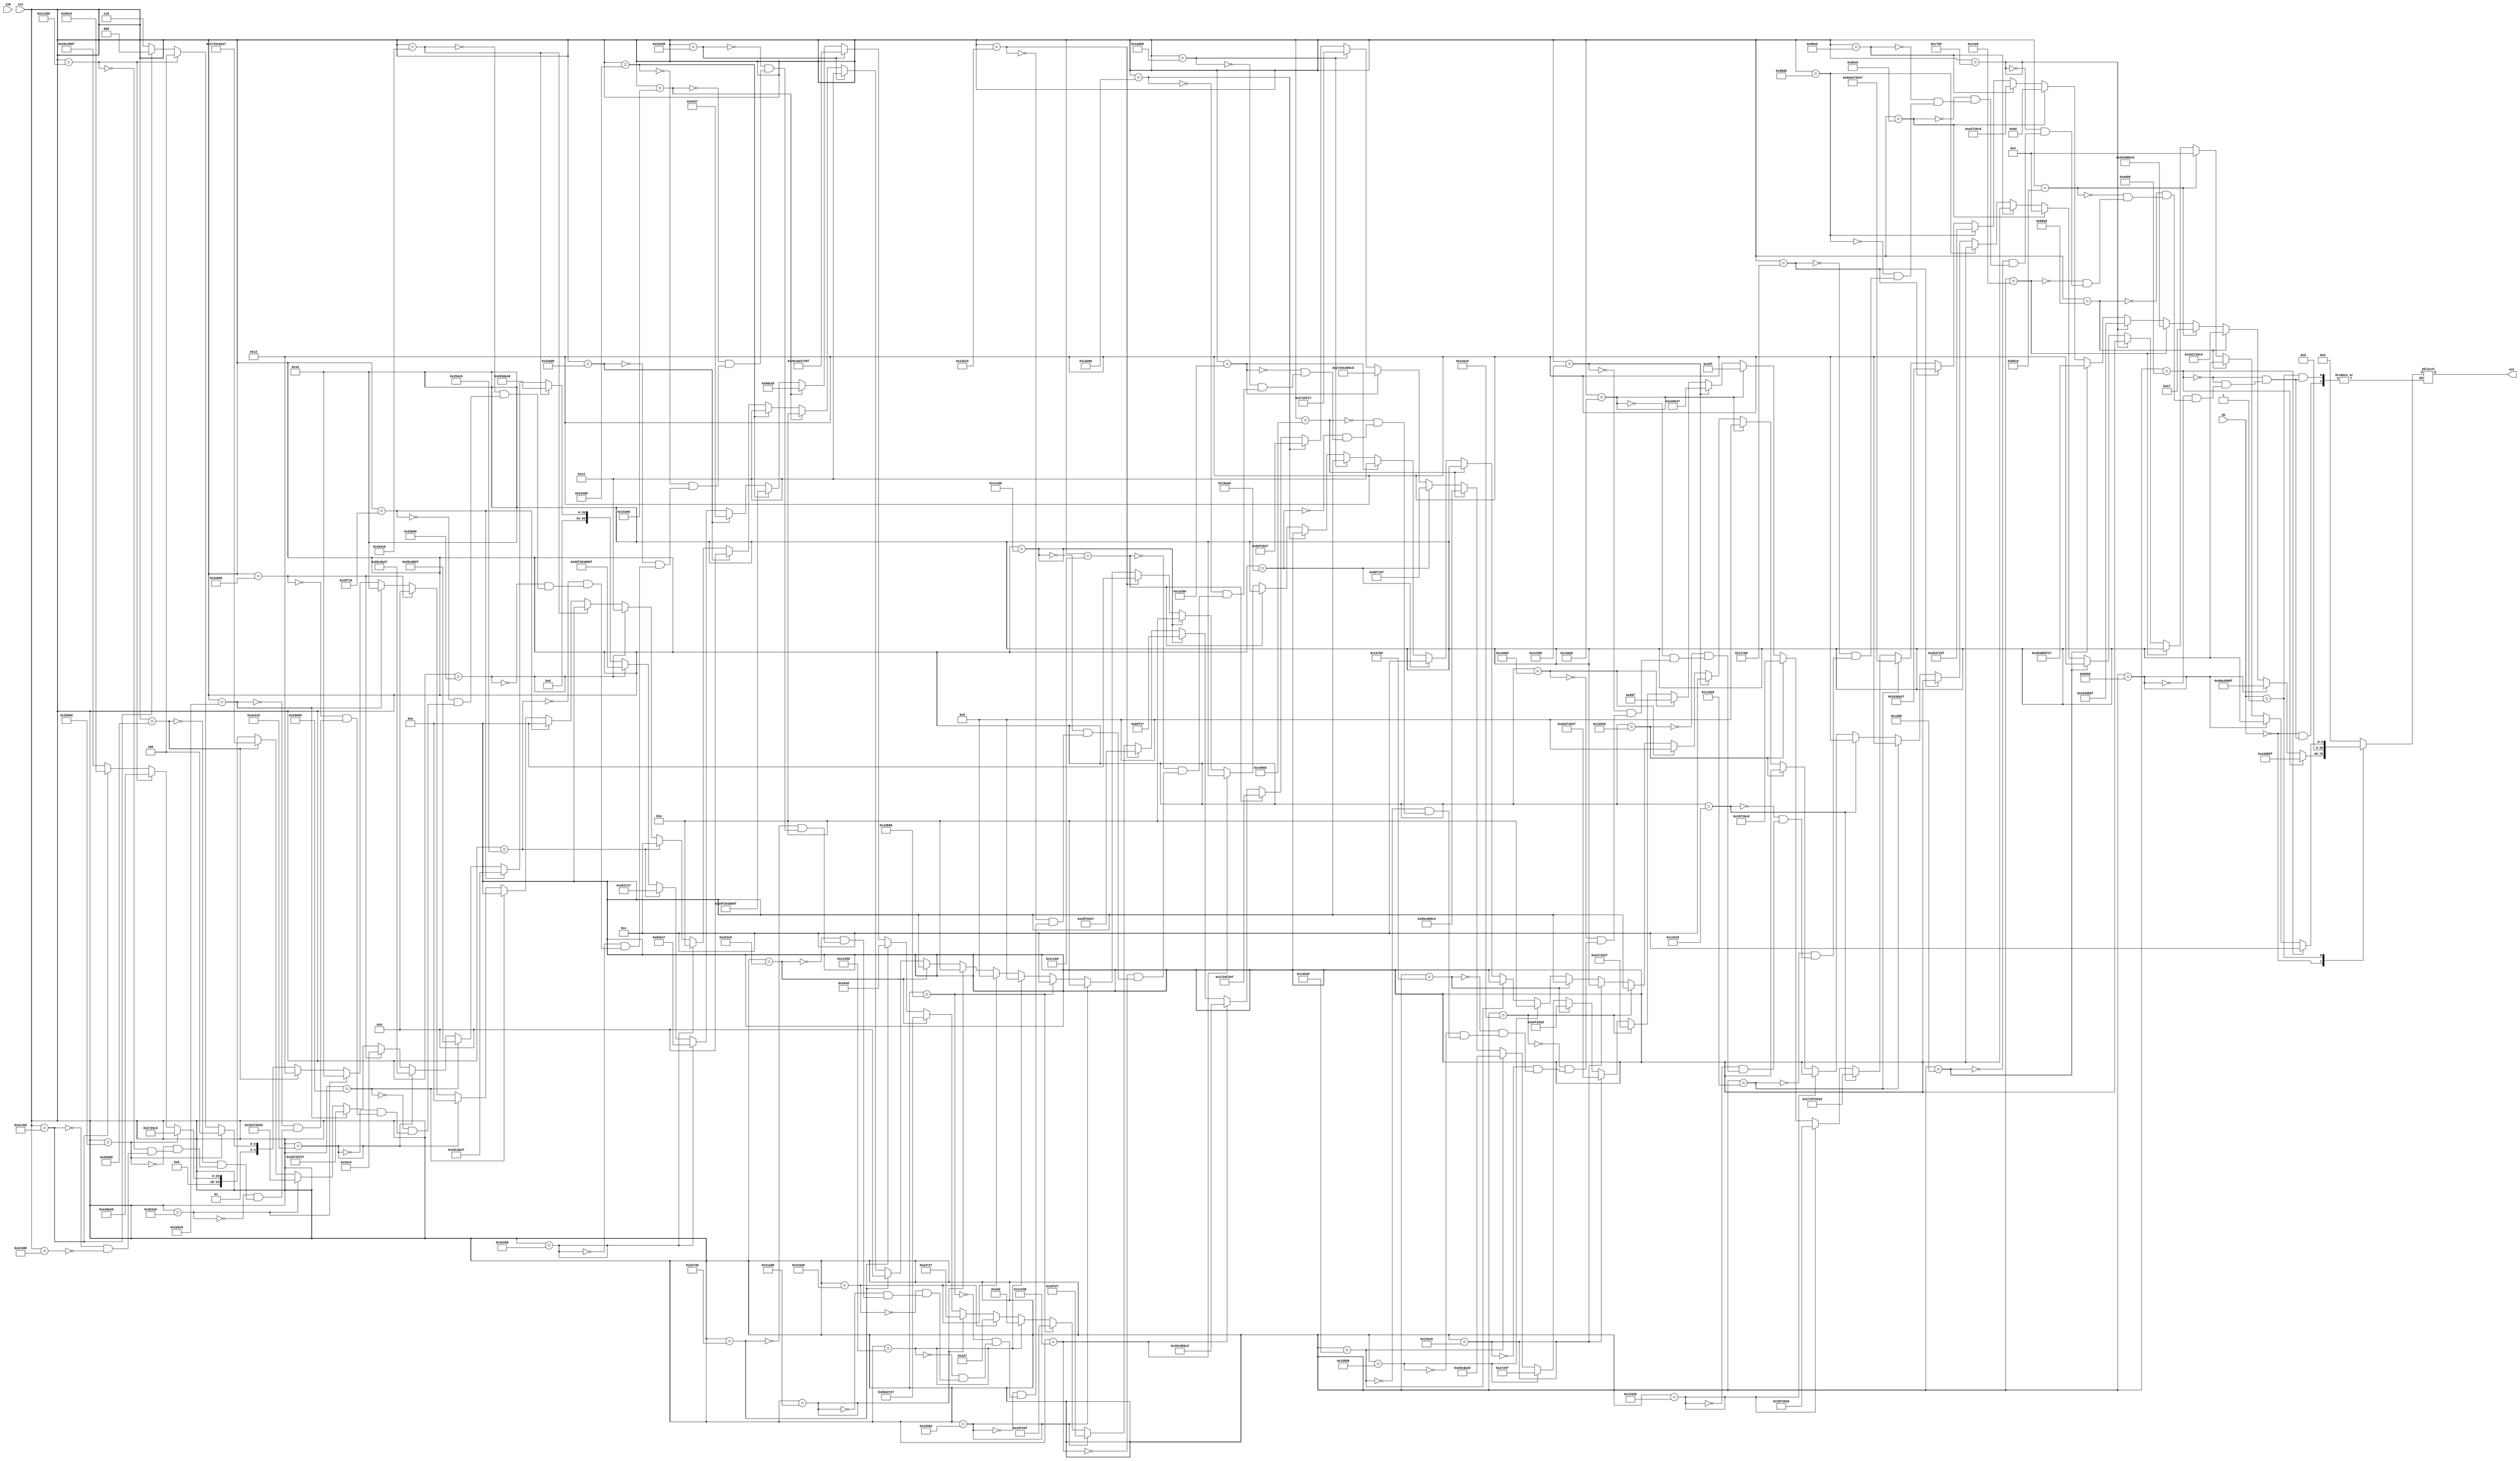
module alu(in0, in1, op, out);
	input wire [39:0] in0, in1;
	input wire [3:0] op;
	output reg [39:0] out;

always @(*) begin
	case (op)
	// synopsys parallel_case
	// synopsys full_case


	0 : begin
		if (in1 == 18'b001010100101011000)
			out <= 24'b10_10_00_11_11_01_10_00_10_01_11_11;
		else if (in1 == 18'b001010100101011000)
			out <= 24'b10_10_00_11_01_11_00_10_10_01_11_11;
		else if (in1 == 18'b001011010101100000)
			out <= 32'b10_00_11_01_10_10_00_11_11_01_10_00_10_01_11_11;
		else if (in1 == 18'b001011100010101000)
			out <= 32'b00_10_01_10_00_11_01_11_00_10_10_01_11_00_11_01;
		else if (in1 == 18'b001011101100010000)
			out <= 8'b00_10_01_11;
		else if (in1 == 18'b001100010011101000)
			out <= 32'b00_10_01_10_00_11_11_01_10_00_10_01_11_00_11_01;
		else if (in1 == 18'b001100011101010000)
			out <= 28'b00_10_01_10_00_11_11_01_10_00_10_01_11_11;
		else if (in1 == 18'b001100101010011000)
			out <= 36'b00_10_01_10_00_11_11_01_10_00_10_01_11_11_00_10_01_11;
		else if (in1 == 18'b001101010100011000)
			out <= 8'b10_00_11_01;
		else if (in1 == 18'b001101011010100000)
			out <= 28'b10_10_00_11_01_11_00_10_10_01_11_00_11_01;
		else if (in1 == 18'b001101100011010000)
			out <= 28'b00_10_01_10_00_11_01_11_00_10_10_01_11_11;
		else if (in1 == 18'b010001011101100000)
			out <= 28'b00_10_01_10_00_11_11_01_10_10_00_11_01_11;
		else if (in1 == 18'b010001100011101000)
			out <= 36'b10_00_11_01_10_10_00_11_01_11_00_10_01_10_00_11_01_11;
		else if (in1 == 18'b010001101100011000)
			out <= 36'b00_10_01_11_00_10_10_01_11_11_00_10_01_10_00_11_11_01;
		else if (in1 == 18'b010011001100101000)
			out <= 28'b00_10_10_01_11_11_00_10_01_10_00_11_11_01;
		else if (in1 == 18'b010011100101001000)
			out <= 28'b00_10_10_01_11_11_00_10_10_01_11_00_11_01;
		else if (in1 == 18'b010011101001100000)
			out <= 12'b00_10_10_01_11_11;
		else if (in1 == 18'b010100001101011000)
			out <= 24'b10_10_00_11_11_01_10_10_00_11_01_11;
		else if (in1 == 18'b010100011001101000)
			out <= 12'b10_00_10_01_11_11;
		else if (in1 == 18'b010100101011001000)
			out <= 28'b10_10_00_11_01_11_00_10_01_10_00_11_01_11;
		else if (in1 == 18'b010101001011100000)
			out <= 32'b00_10_01_10_00_11_01_11_00_10_01_10_00_11_01_11;
		else if (in1 == 18'b010101011100001000)
			out <= 28'b10_00_10_01_11_11_00_10_01_10_00_11_11_01;
		else if (in1 == 18'b010101100001011000)
			out <= 20'b00_10_01_11_00_10_10_01_11_11;
		else if (in1 == 18'b011001010100101000)
			out <= 28'b00_10_10_01_11_00_11_01_10_10_00_11_11_01;
		else if (in1 == 18'b011001100101010000)
			out <= 32'b10_00_10_01_11_00_11_01_10_00_10_01_11_00_11_01;
		else if (in1 == 18'b011001101010100000)
			out <= 24'b10_00_10_01_11_11_00_10_10_01_11_11;
		else if (in1 == 18'b011010001101100000)
			out <= 40'b00_10_01_11_00_10_10_01_11_00_11_01_10_00_10_01_11_00_11_01;
		else if (in1 == 18'b011010100001101000)
			out <= 28'b00_10_01_11_00_10_10_01_11_11_00_10_01_11;
		else if (in1 == 18'b011010101100001000)
			out <= 28'b10_00_10_01_11_11_00_10_01_10_00_11_01_11;
		else if (in1 == 18'b011100001010101000)
			out <= 32'b00_10_01_11_00_10_10_01_11_11_00_10_10_01_11_11;
		else if (in1 == 18'b011100010101001000)
			out <= 32'b00_10_10_01_11_00_11_01_10_00_10_01_11_00_11_01;
		else if (in1 == 18'b011100101001010000)
			out <= 20'b10_00_10_01_11_11_00_10_01_11;
		else if (in1 == 18'b011101001100010000)
			out <= 28'b00_10_10_01_11_11_00_10_01_10_00_11_01_11;
		else if (in1 == 18'b011101010001100000)
			out <= 20'b00_10_10_01_11_11_00_10_01_11;
		else if (in1 == 18'b011101100010001000)
			out <= 24'b00_10_10_01_11_11_00_10_10_01_11_11;
		else if (in1 == 18'b100001010101011000)
			out <= 12'b10_10_00_11_11_01;
		else if (in1 == 18'b100001011010101000)
			out <= 12'b10_10_00_11_01_11;
		else if (in1 == 18'b100001101011010000)
			out <= 20'b10_10_00_11_01_11_00_10_01_11;
		else if (in1 == 18'b100010001011101000)
			out <= 28'b10_00_11_01_10_10_00_11_01_11_00_10_01_11;
		else if (in1 == 18'b100010011101001000)
			out <= 16'b00_10_01_10_00_11_11_01;
		else if (in1 == 18'b100010101001011000)
			out <= 40'b00_10_10_01_11_00_11_01_10_10_00_11_01_11_00_10_10_01_11_11;
		else if (in1 == 18'b100011001101010000)
			out <= 20'b10_00_11_01_10_10_00_11_11_01;
		else if (in1 == 18'b100011010001101000)
			out <= 40'b00_10_10_01_11_11_00_10_01_10_00_11_11_01_10_00_10_01_11_11;
		else if (in1 == 18'b100011101010001000)
			out <= 16'b00_10_01_10_00_11_01_11;
		else if (in1 == 18'b100101001010011000)
			out <= 20'b10_00_11_01_10_10_00_11_01_11;
		else if (in1 == 18'b100101010011001000)
			out <= 24'b00_10_01_10_00_11_01_11_00_10_01_11;
		else if (in1 == 18'b100101011001010000)
			out <= 40'b10_00_10_01_11_11_00_10_01_10_00_11_11_01_10_00_10_01_11_11;
		else if (in1 == 18'b101001010011100000)
			out <= 28'b00_10_01_10_00_11_11_01_10_10_00_11_11_01;
		else if (in1 == 18'b101001011100010000)
			out <= 28'b00_10_10_01_11_00_11_01_10_10_00_11_01_11;
		else if (in1 == 18'b101001100010011000)
			out <= 28'b10_00_10_01_11_00_11_01_10_00_10_01_11_11;
		else if (in1 == 18'b101010001100011000)
			out <= 28'b10_00_10_01_11_00_11_01_10_10_00_11_01_11;
		else if (in1 == 18'b101010011001100000)
			out <= 16'b00_10_10_01_11_00_11_01;
		else if (in1 == 18'b101010100011001000)
			out <= 32'b00_10_10_01_11_11_00_10_10_01_11_11_00_10_01_11;
		else if (in1 == 18'b101011001010100000)
			out <= 32'b00_10_01_10_00_11_01_11_00_10_01_10_00_11_11_01;
		else if (in1 == 18'b101011010100001000)
			out <= 36'b00_10_01_11_00_10_10_01_11_00_11_01_10_10_00_11_01_11;
		else if (in1 == 18'b101011100001010000)
			out <= 24'b00_10_01_11_00_10_10_01_11_00_11_01;
		else if (in1 == 18'b101100001011010000)
			out <= 24'b10_10_00_11_11_01_10_10_00_11_11_01;
		else if (in1 == 18'b101100010001011000)
			out <= 16'b10_00_10_01_11_00_11_01;
		else if (in1 == 18'b101100011010001000)
			out <= 28'b00_10_10_01_11_00_11_01_10_00_10_01_11_11;
	end

	1 : begin
		if (in1 == 18'b001010100101011000)
			out <= 12;
		else if (in1 == 18'b001010100101011000)
			out <= 12;
		else if (in1 == 18'b001011010101100000)
			out <= 16;
		else if (in1 == 18'b001011100010101000)
			out <= 16;
		else if (in1 == 18'b001011101100010000)
			out <= 4;
		else if (in1 == 18'b001100010011101000)
			out <= 16;
		else if (in1 == 18'b001100011101010000)
			out <= 14;
		else if (in1 == 18'b001100101010011000)
			out <= 18;
		else if (in1 == 18'b001101010100011000)
			out <= 4;
		else if (in1 == 18'b001101011010100000)
			out <= 14;
		else if (in1 == 18'b001101100011010000)
			out <= 14;
		else if (in1 == 18'b010001011101100000)
			out <= 14;
		else if (in1 == 18'b010001100011101000)
			out <= 18;
		else if (in1 == 18'b010001101100011000)
			out <= 18;
		else if (in1 == 18'b010011001100101000)
			out <= 14;
		else if (in1 == 18'b010011100101001000)
			out <= 14;
		else if (in1 == 18'b010011101001100000)
			out <= 6;
		else if (in1 == 18'b010100001101011000)
			out <= 12;
		else if (in1 == 18'b010100011001101000)
			out <= 6;
		else if (in1 == 18'b010100101011001000)
			out <= 14;
		else if (in1 == 18'b010101001011100000)
			out <= 16;
		else if (in1 == 18'b010101011100001000)
			out <= 14;
		else if (in1 == 18'b010101100001011000)
			out <= 10;
		else if (in1 == 18'b011001010100101000)
			out <= 14;
		else if (in1 == 18'b011001100101010000)
			out <= 16;
		else if (in1 == 18'b011001101010100000)
			out <= 12;
		else if (in1 == 18'b011010001101100000)
			out <= 20;
		else if (in1 == 18'b011010100001101000)
			out <= 14;
		else if (in1 == 18'b011010101100001000)
			out <= 14;
		else if (in1 == 18'b011100001010101000)
			out <= 16;
		else if (in1 == 18'b011100010101001000)
			out <= 16;
		else if (in1 == 18'b011100101001010000)
			out <= 10;
		else if (in1 == 18'b011101001100010000)
			out <= 14;
		else if (in1 == 18'b011101010001100000)
			out <= 10;
		else if (in1 == 18'b011101100010001000)
			out <= 12;
		else if (in1 == 18'b100001010101011000)
			out <= 6;
		else if (in1 == 18'b100001011010101000)
			out <= 6;
		else if (in1 == 18'b100001101011010000)
			out <= 10;
		else if (in1 == 18'b100010001011101000)
			out <= 14;
		else if (in1 == 18'b100010011101001000)
			out <= 8;
		else if (in1 == 18'b100010101001011000)
			out <= 20;
		else if (in1 == 18'b100011001101010000)
			out <= 10;
		else if (in1 == 18'b100011010001101000)
			out <= 20;
		else if (in1 == 18'b100011101010001000)
			out <= 8;
		else if (in1 == 18'b100101001010011000)
			out <= 10;
		else if (in1 == 18'b100101010011001000)
			out <= 12;
		else if (in1 == 18'b100101011001010000)
			out <= 20;
		else if (in1 == 18'b101001010011100000)
			out <= 14;
		else if (in1 == 18'b101001011100010000)
			out <= 14;
		else if (in1 == 18'b101001100010011000)
			out <= 14;
		else if (in1 == 18'b101010001100011000)
			out <= 14;
		else if (in1 == 18'b101010011001100000)
			out <= 8;
		else if (in1 == 18'b101010100011001000)
			out <= 16;
		else if (in1 == 18'b101011001010100000)
			out <= 16;
		else if (in1 == 18'b101011010100001000)
			out <= 18;
		else if (in1 == 18'b101011100001010000)
			out <= 12;
		else if (in1 == 18'b101100001011010000)
			out <= 12;
		else if (in1 == 18'b101100010001011000)
			out <= 8;
		else if (in1 == 18'b101100011010001000)
			out <= 14;
	end

	2 : begin
		out <= 0;
	end

	default : begin
		out <= 0;
	end

	endcase
end

endmodule